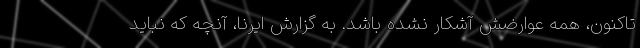
تاکنون، همه عوارضش آشکار نشده باشد. به گزارش ایرنا، آنچه که نباید